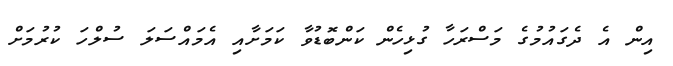
އިން އެ ދެގައުމުގެ މަސްރަހާ ގުޅިހެން ކަންބޮޑުވާ ކަމަށާއި އެމައްސަލަ ސުލްހަ ކުރުމަށް